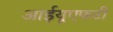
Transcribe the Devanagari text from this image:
आईयूएफटी